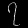
Digit: ၇